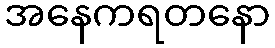
အနေကရတနော